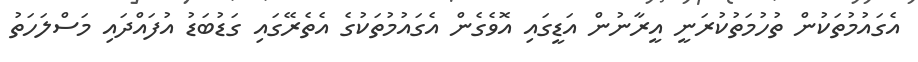
އެގައުމުތަކުން ތުހުމަތުކުރަނީ އީރާނުން އަޑީގައި އޮވެގެން އެގައުމުތަކުގެ އެތެރޭގައި ގަޑުބަޑު އުފައްދައި މަސްލަހަތު